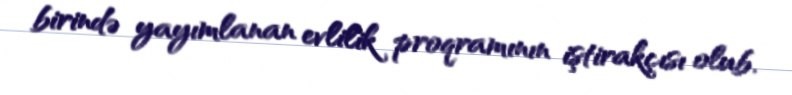
birində yayımlanan evlilik proqramının iştirakçısı olub.